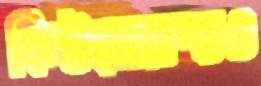
ফিটজেরাল্ডও